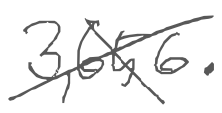
Text: 3,656.
Cross-out: cross
Writing tool: digital_gray